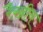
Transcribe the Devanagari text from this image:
रैखीय